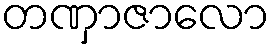
တဏှာဇာလော